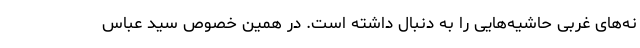
نه‌های غربی حاشیه‌هایی را به دنبال داشته است. در همین خصوص سید عباس